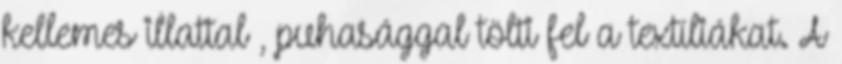
kellemes illattal , puhasággal tölti fel a textíliákat. A